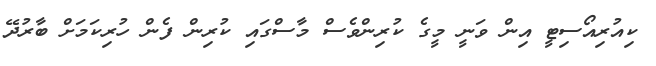
ކިއުރިއޯސިޓީ އިން ވަނީ މީގެ ކުރިންވެސް މާސްގައި ކުރިން ފެން ހުރިކަމަށް ބާރުދޭ